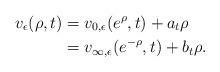
LaTeX: \begin{align*}v_\epsilon(\rho,t) & = v_{0,\epsilon}(e^\rho,t) + a_t \rho \\& = v_{\infty,\epsilon}(e^{-\rho},t) + b_t \rho.\end{align*}